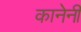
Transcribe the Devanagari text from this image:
कानेनी